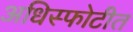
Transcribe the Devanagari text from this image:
अधिस्फोटीत